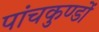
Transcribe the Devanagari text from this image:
पांचकुण्डों